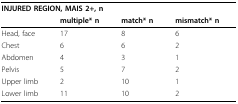
<table><thead><tr><td colspan="4"><b>INJURED REGION, MAIS 2+, n</b></td></tr><tr><td></td><td><b>multiple* n</b></td><td><b>match* n</b></td><td><b>mismatch* n</b></td></tr></thead><tbody><tr><td>Head, face</td><td>17</td><td>8</td><td>6</td></tr><tr><td>Chest</td><td>6</td><td>6</td><td>2</td></tr><tr><td>Abdomen</td><td>4</td><td>3</td><td>1</td></tr><tr><td>Pelvis</td><td>5</td><td>7</td><td>2</td></tr><tr><td>Upper limb</td><td>2</td><td>10</td><td>1</td></tr><tr><td>Lower limb</td><td>11</td><td>10</td><td>2</td></tr></tbody></table>